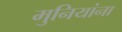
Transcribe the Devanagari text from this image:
मुनियांना